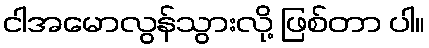
ငါအမောလွန်သွားလို့ ဖြစ်တာ ပါ။